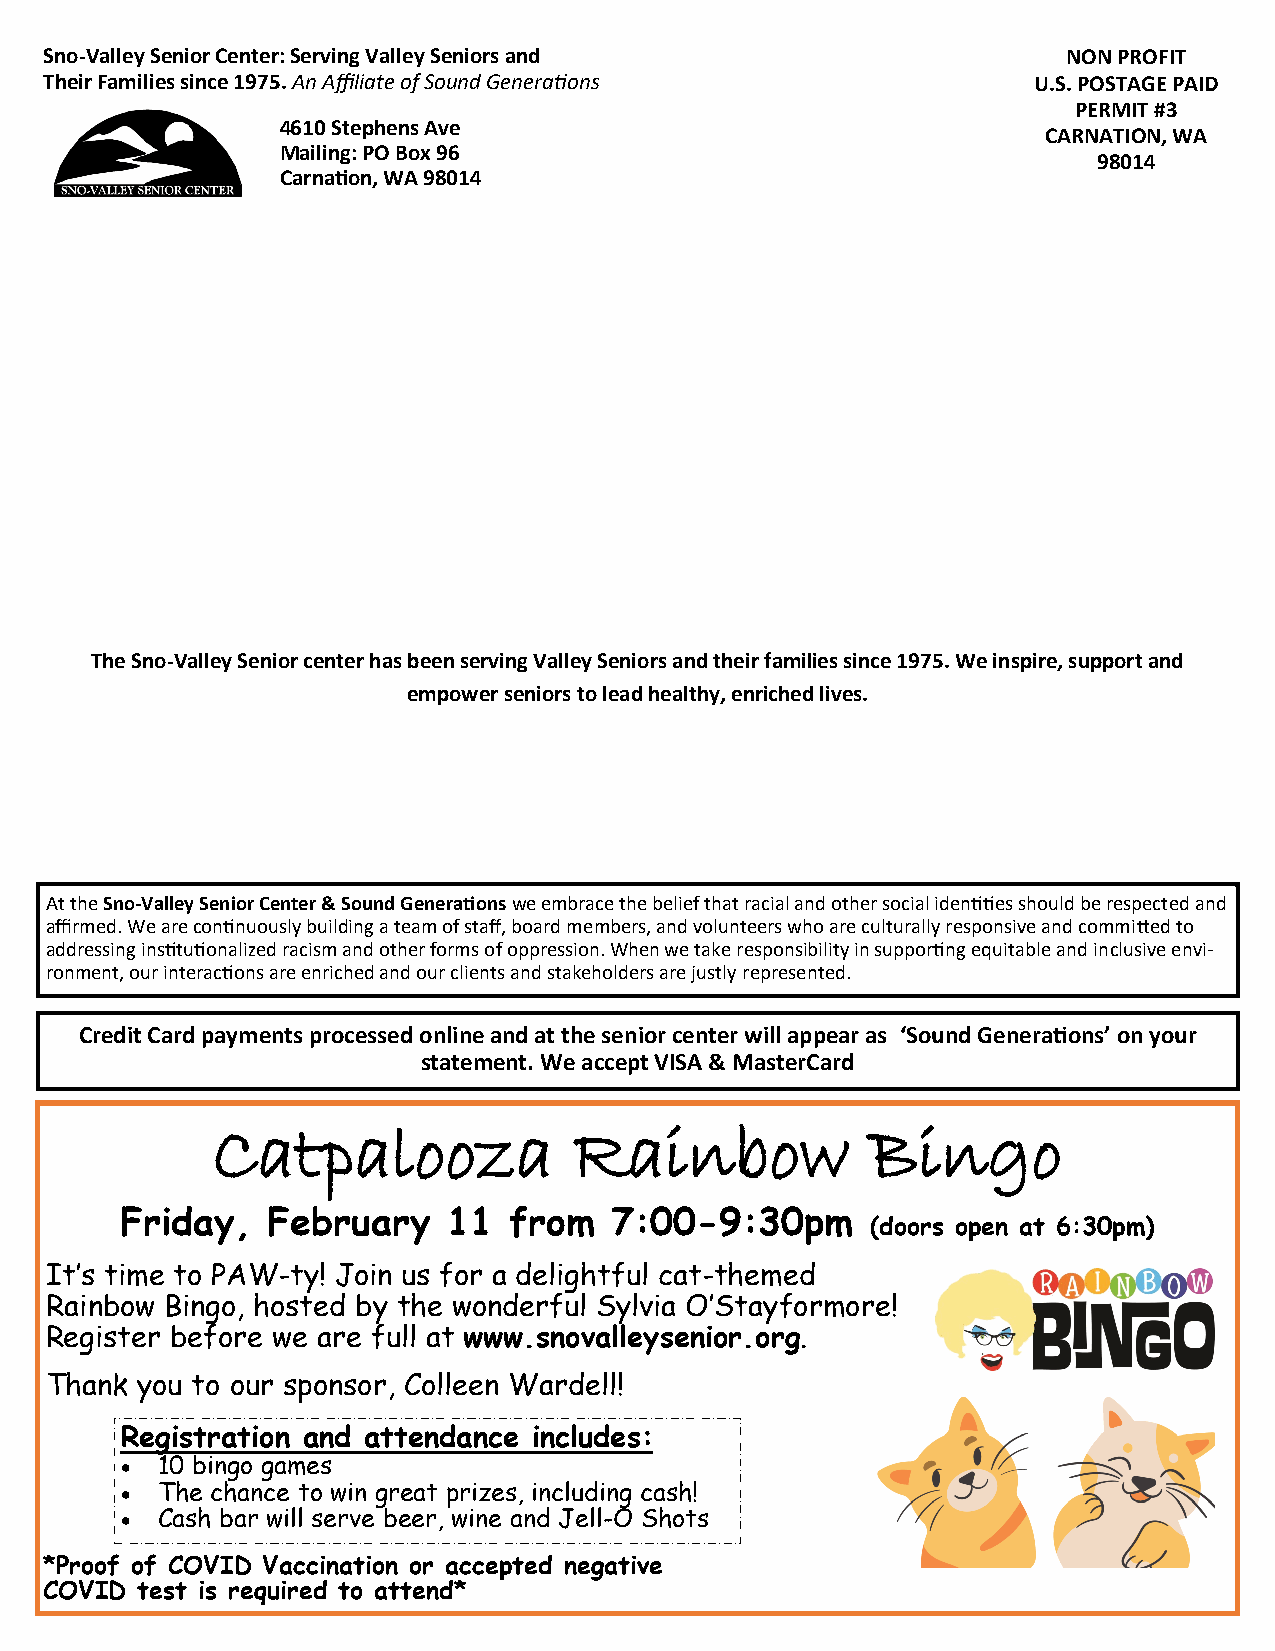
Sno-Valley Senior Center: Serving Valley Seniors and                NON PROFIT
 Their Families since 1975. An Affiliate of Sound Generations     U.S. POSTAGE PAID
 PERMIT #3
 4610 Stephens Ave
 CARNATION, WA
 Mailing: PO Box 96
 98014
 Carnation, WA 98014
 The Sno-Valley Senior center has been serving Valley Seniors and their families since 1975. We inspire, support and
 empower seniors to lead healthy, enriched lives.
 At the Sno-Valley Senior Center & Sound Generations we embrace the belief that racial and other social identities should be respected and
 affirmed. We are continuously building a team of staff, board members, and volunteers who are culturally responsive and committed to
 addressing institutionalized racism and other forms of oppression. When we take responsibility in supporting equitable and inclusive envi-
 ronment, our interactions are enriched and our clients and stakeholders are justly represented.
 Credit Card payments processed online and at the senior center will appear as ‘Sound Generations’ on your
 statement. We accept VISA & MasterCard
 Catpalooza              Rainbow             Bingo
 Friday,   February    11  from  7:00-9:30pm
 (doors open at 6:30pm)
 It’s time to PAW-ty! Join us for a delightful cat-themed
 Rainbow Bingo, hosted by the wonderful Sylvia O’Stayformore!
 Register before we are full at www.snovalleysenior.org.
 Thank you to our sponsor, Colleen Wardell!
 Registration and attendance includes:
 • 10 bingo games
 • The chance to win great prizes, including cash!
 • Cash bar will serve beer, wine and Jell-O Shots
 *Proof of COVID Vaccination or accepted negative
 COVID test is required to attend*